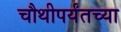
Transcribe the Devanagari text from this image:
चौथीपर्यंतच्या